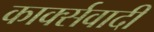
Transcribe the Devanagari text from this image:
कार्क्सवादी